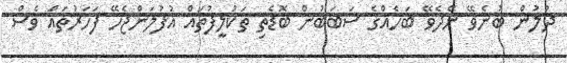
ދުލުން ބުނެވޭ ނޭދެވޭ ބަހެއްގެ ސަބަބުން ބޮޑެތި ތަކުލީފުތައް އުފުލަންޖެހޭ ފަހަރުތައް ވެސް